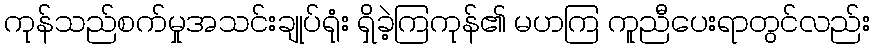
ကုန်သည်စက်မှုအသင်းချုပ်ရုံး ရှိခဲ့ကြကုန်၏ မဟကြ ကူညီပေးရာတွင်လည်း